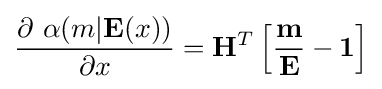
{\frac {\partial \ \alpha (m\vert \mathbf {E} (x))}{\partial x}}={\mathbf {H} ^{T}}\left[{\frac {\mathbf {m} }{\mathbf {E} }}-\mathbf {1} \right]